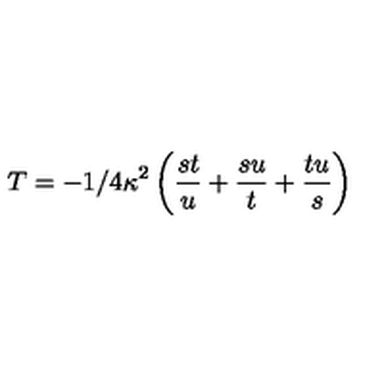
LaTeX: T = - 1 / 4 \kappa ^ { 2 } \left( \frac { s t } { u } + \frac { s u } { t } + \frac { t u } { s } \right)